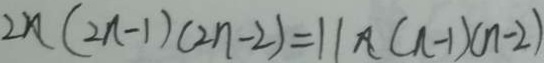
2 n ( 2 n - 1 ) ( 2 n - 2 ) = 1 1 n ( n - 1 ) ( n - 2 )